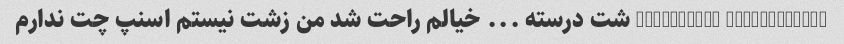
@lililindok @mmd_mkhreb شت درسته ... خیالم راحت شد من زشت نیستم اسنپ چت ندارم